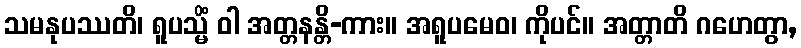
သမနုပဿတိ၊ ရူပသ္မိံ ဝါ အတ္တနန္တိ-ကား။ အရူပမေဝ၊ ကိုပင်။ အတ္တာတိ ဂဟေတွာ,